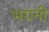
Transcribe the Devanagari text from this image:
भरानी